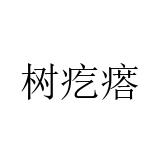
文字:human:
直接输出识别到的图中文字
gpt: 树疙瘩